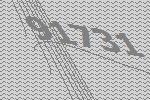
91731